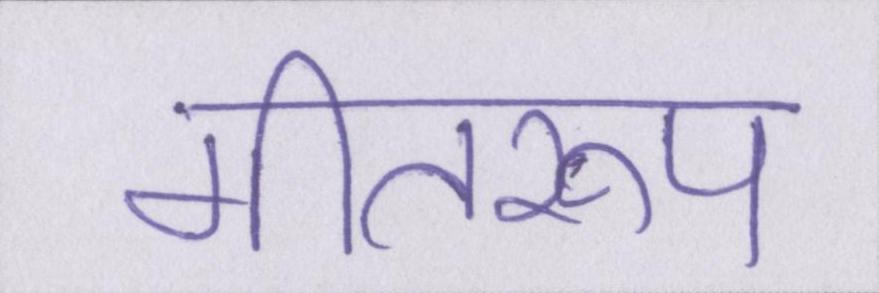
गीतरूप